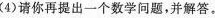
（4）请你再提出一个数学问题。并解答